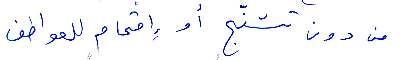
من دون تشنّج او اقحام للعواطف